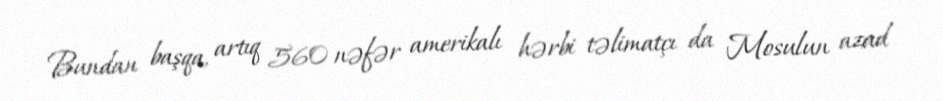
Bundan başqa, artıq 560 nəfər amerikalı hərbi təlimatçı da Mosulun azad